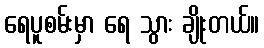
ရေပူစမ်းမှာ ရေ သွား ချိုးတယ်။